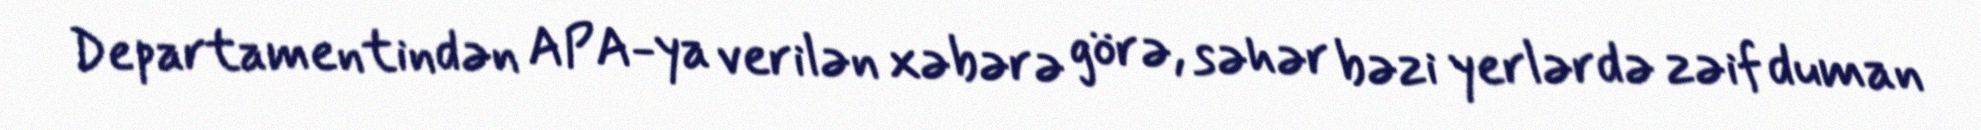
Departamentindən APA-ya verilən xəbərə görə, səhər bəzi yerlərdə zəif duman